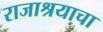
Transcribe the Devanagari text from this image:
राजाश्रयाचा